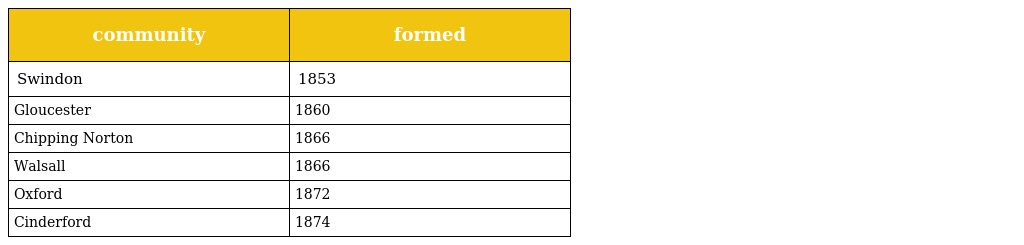
| community | formed |
 | --- | --- |
 | Swindon | 1853 |
 | Gloucester | 1860 |
 | Chipping Norton | 1866 |
 | Walsall | 1866 |
 | Oxford | 1872 |
 | Cinderford | 1874 |